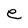
Character: e